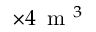
\times 4 \, \mathrm { ~ m ~ } ^ { 3 }